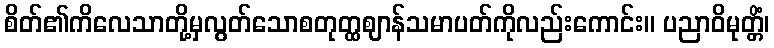
စိတ်၏ကိလေသာတို့မှလွတ်သောစတုတ္ထဈာန်သမာပတ်ကိုလည်းကောင်း။ ပညာဝိမုတ္တိံ၊